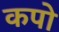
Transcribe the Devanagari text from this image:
कपो